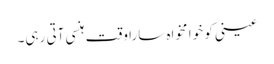
عینی کو خوا مخواہ سارا وقت ہنسی آتی رہی۔